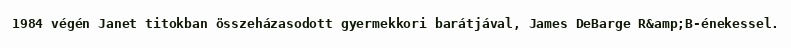
1984 végén Janet titokban összeházasodott gyermekkori barátjával, James DeBarge R&amp;B-énekessel.